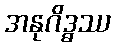
အနုဂိဒ္ဓဿ